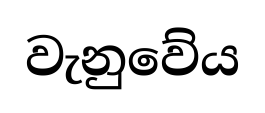
වැනුවේය